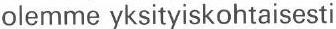
olemme yksityiskohtaisesti